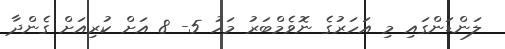
ލަންޑަންގައި މި އަހަރުގެ ނޮވެމްބަރު މަހު 5- 8 އަށް ކުރިއަށް ގެންދާ